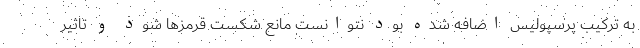
به ترکیب پرسپولیس اضافه شده بود نتوانست مانع شکست قرمز‌ها شود و تاثیر